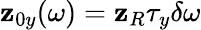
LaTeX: \mathbf{z}_{0y}(\omega)=\mathbf{z}_{R}\tau_{y}\delta\omega